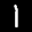
Label: 1